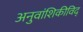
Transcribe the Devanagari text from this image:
अनुवांशिकीविद्